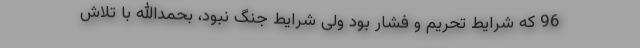
96 که شرایط تحریم و فشار بود ولی شرایط جنگ نبود، بحمدالله با تلاش